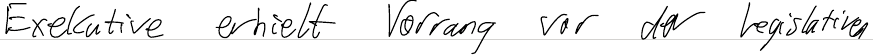
Exekutive erhielt Vorrang vor der Legislativen